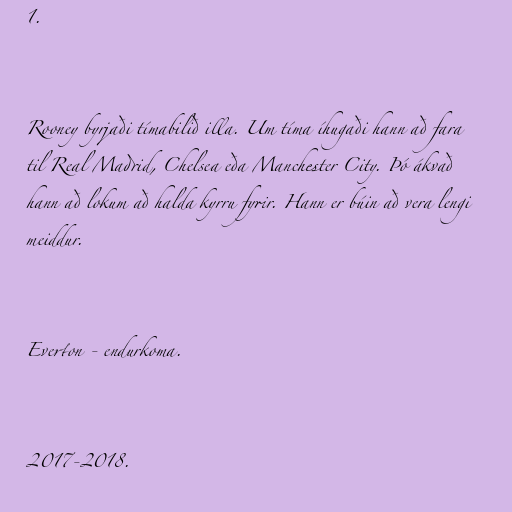
1.

Rooney byrjaði tímabilið illa. Um tíma íhugaði hann að fara
til Real Madrid, Chelsea eða Manchester City. Þó ákvað
hann að lokum að halda kyrru fyrir. Hann er búin að vera lengi
meiddur.

Everton - endurkoma.

2017-2018.